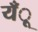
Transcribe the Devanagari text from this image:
यँू